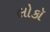
લોકૉ